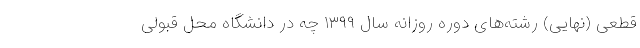
قطعی (نهایی) رشته‌های دوره روزانه سال ۱۳۹۹ چه در دانشگاه محل قبولی